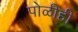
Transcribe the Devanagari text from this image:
पोळीही